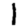
Digit: 1